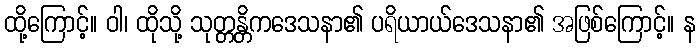
ထို့ကြောင့်။ ဝါ၊ ထိုသို့ သုတ္တန္တိကဒေသနာ၏ ပရိယာယ်ဒေသနာ၏ အဖြစ်ကြောင့်။ န